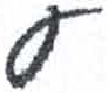
אות: ע